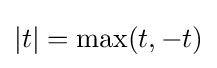
|t|=\max(t,-t)